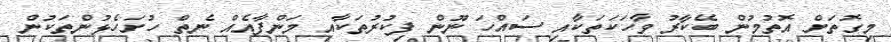
މިގޮތަށް އޮތުމުން ބޭކާރު ވާހަކަތަކާއި ސައްހަ ނޫން ފިކުރުތަކާއި މަންފާއެއް ނެތް ހުށަހެޅުންތަކުން